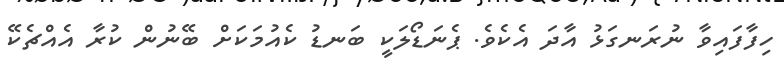
ހިފާފައިވާ ނުރަނގަޅު އާދަ އެކެވެ. ޕެނަޑޯލަކީ ބަނޑު ކެއުމަކަށް ބޭނުން ކުރާ އެއްޗެކޭ